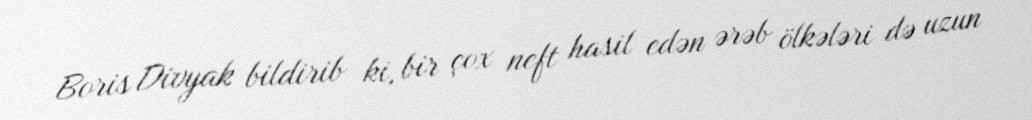
Boris Divyak bildirib ki, bir çox neft hasil edən ərəb ölkələri də uzun